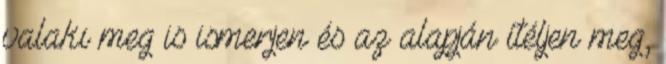
valaki meg is ismerjen és az alapján ítéljen meg,